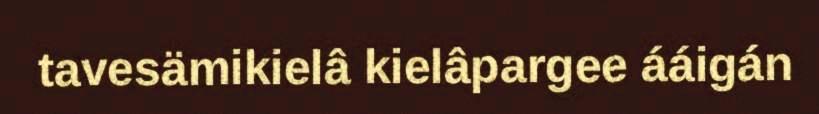
tavesämikielâ kielâpargee ááigán